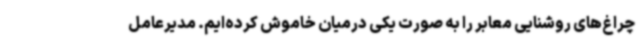
چراغ‌های روشنایی معابر را به صورت یکی درمیان خاموش کرده‌ایم. مدیرعامل